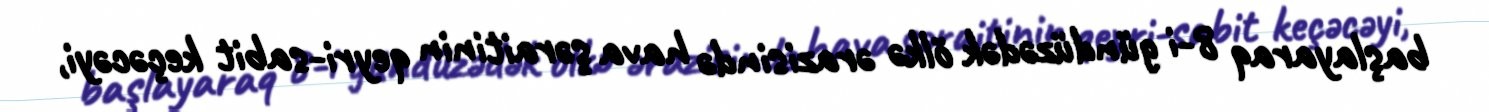
başlayaraq 8-i gündüzədək ölkə ərazisində hava şəraitinin qeyri-sabit keçəcəyi,